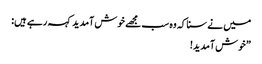
میں نے سنا کہ وہ سب مجھے خوش آمدید کہہ رہے ہیں:
”خوش آمدید!